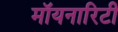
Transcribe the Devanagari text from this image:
मॉयनारिटी